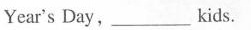
Year's Day,___kids.